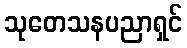
သုတေသနပညာရှင်